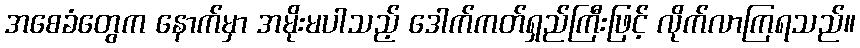
အစေခံတွေက နောက်မှာ အမိုးမပါသည့် ဒေါက်ကတ်ရှည်ကြီးဖြင့် လိုက်လာကြရသည်။